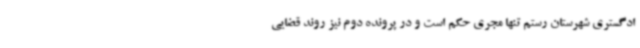
ادگستری شهرستان رستم تنها مجری حکم است و در پرونده دوم نیز روند قضایی